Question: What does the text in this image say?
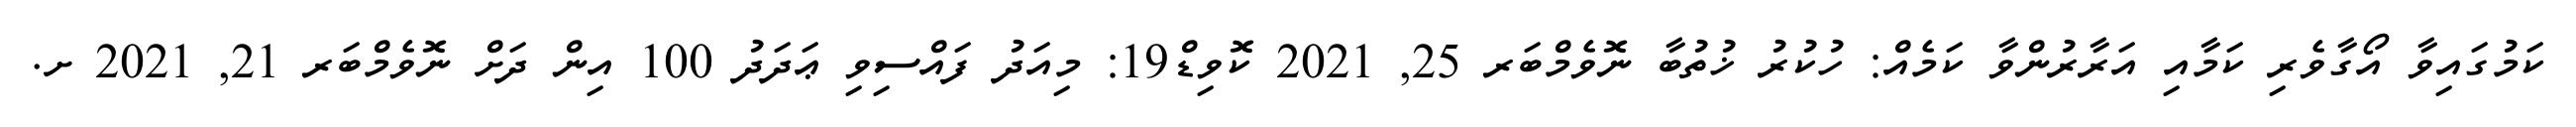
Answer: ކަމުގައިވާ އޯގާވެރި ކަމާއި އަރާރުންވާ ކަމެއް: ހުކުރު ޚުތުބާ ނޮވެމްބަރ 25, 2021 ކޮވިޑް19: މިއަދު ފައްސިވި ޢަދަދު 100 އިން ދަށް ނޮވެމްބަރ 21, 2021 ށ.